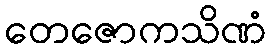
တေဇောကသိဏံ